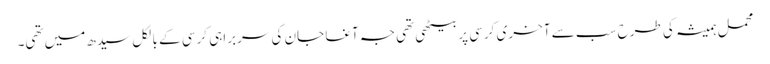
محمل ہمیشہ کی طرح سب سے آخری کرسی پر بیٹھی تھی جہ آغا جان کی سربراہی کرسی کے بالکل سیدھ میں تھی۔